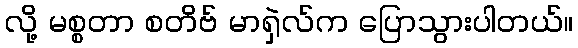
လို့ မစ္စတာ စတိဗ် မာရှဲလ်က ပြောသွားပါတယ်။